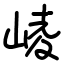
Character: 崚